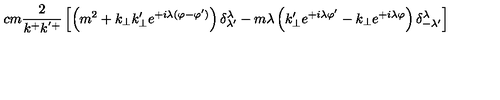
\hspace { - 1 c m } \frac { 2 } { k ^ { + } k ^ { ' + } } \left[ \left( m ^ { 2 } + k _ { \perp } k _ { \perp } ^ { \prime } e ^ { + i \lambda ( \varphi - \varphi ^ { \prime } ) } \right) \delta _ { \lambda ^ { \prime } } ^ { \lambda } - m \lambda \left( k _ { \perp } ^ { \prime } e ^ { + i \lambda \varphi ^ { \prime } } - k _ { \perp } e ^ { + i \lambda \varphi } \right) \delta _ { - \lambda ^ { \prime } } ^ { \lambda } \right]